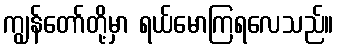
ကျွန်တော်တို့မှာ ရယ်မောကြရလေသည်။